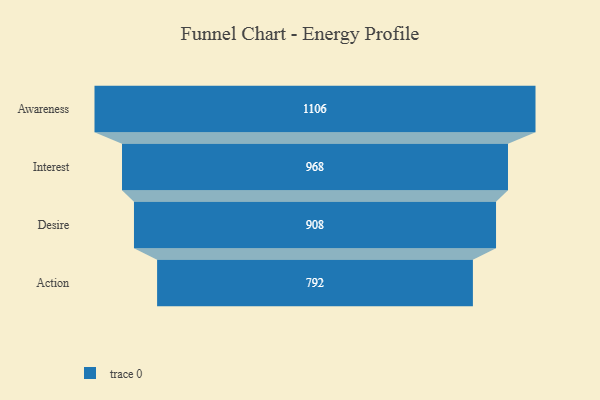
{"axis": {"x": "Stage", "y": "Value"}, "legend": [""], "data": [{"x": "Awareness", "y": 1106.0, "type": ""}, {"x": "Interest", "y": 968.0, "type": ""}, {"x": "Desire", "y": 908.0, "type": ""}, {"x": "Action", "y": 792.0, "type": ""}]}